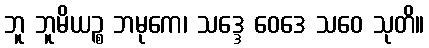
ဘူ ဘူမိယဉ္စ ဘမုကေ၊ သဒ္ဒေ ဝေဒေ သဝေ သုတိ။